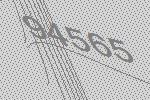
94565